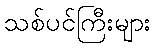
သစ်ပင်ကြီးများ